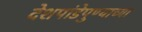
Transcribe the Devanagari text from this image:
देशपांडेपुण्याच्या